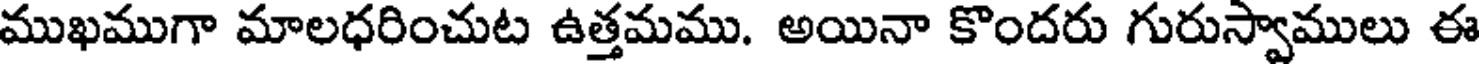
ముఖముగా మాలధరించుట ఉత్తమము. అయినా కొందరు గురుస్వాములు ఈ